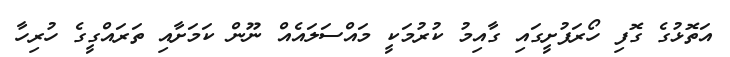
އަތޮޅުގެ ގޮފި ހޯރަފުށީގައި ގާއިމު ކުރުމަކީ މައްސަލައެއް ނޫން ކަމަށާއި ތަރައްގީގެ ހުރިހާ